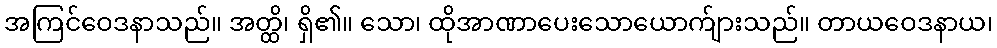
အကြင်ဝေဒနာသည်။ အတ္ထိ၊ ရှိ၏။ သော၊ ထိုအာဏာပေးသောယောက်ျားသည်။ တာယဝေဒနာယ၊